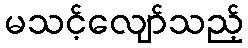
မသင့်လျော်သည့်